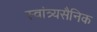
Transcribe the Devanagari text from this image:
स्वांत्र्यसैनिक